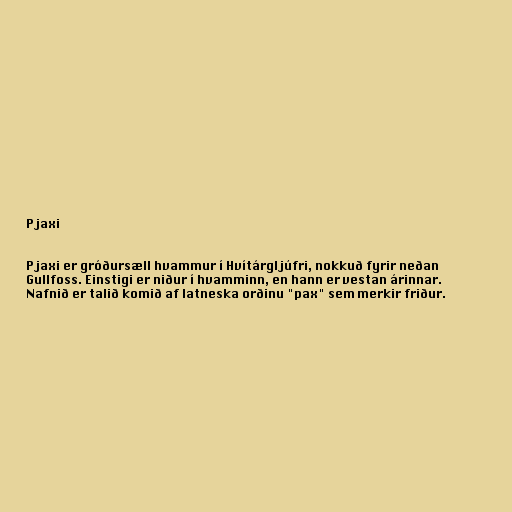
Pjaxi

Pjaxi er gróðursæll hvammur í Hvítárgljúfri, nokkuð fyrir neðan
Gullfoss. Einstigi er niður í hvamminn, en hann er vestan árinnar.
Nafnið er talið komið af latneska orðinu "pax" sem merkir friður.